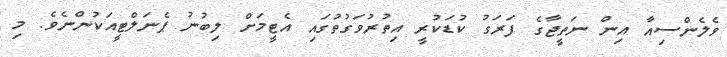
ވެލެންސިއާ އިން ނަތީޖާގެ ފަރަގު ކުޑަކުރީ އިތުރުވަގުތުގައި އެޓީމަށް ލިބުނު ޕެނަލްޓީއަކުންނެވެ. މި